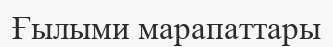
Ғылыми марапаттары